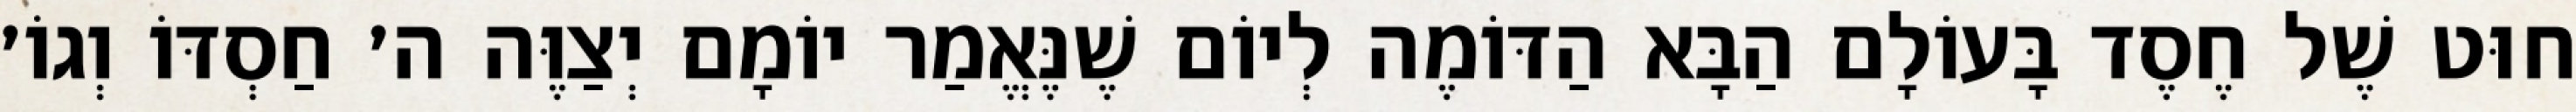
חוּט שֶׁל חֶסֶד בָּעוֹלָם הַבָּא הַדּוֹמֶה לְיוֹם שֶׁנֶּאֱמַר יוֹמָם יְצַוֶּה ה׳ חַסְדּוֹ וְגוֹ׳